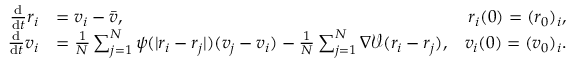
\begin{array} { r l r } { \frac { \mathrm d } { \mathrm d t } r _ { i } } & { = v _ { i } - \bar { v } , } & { r _ { i } ( 0 ) = ( r _ { 0 } ) _ { i } , } \\ { \frac { \mathrm d } { \mathrm d t } v _ { i } } & { = \frac { 1 } { N } \sum _ { j = 1 } ^ { N } \psi ( | r _ { i } - r _ { j } | ) ( v _ { j } - v _ { i } ) - \frac { 1 } { N } \sum _ { j = 1 } ^ { N } \nabla \mathcal V ( r _ { i } - r _ { j } ) , } & { v _ { i } ( 0 ) = ( v _ { 0 } ) _ { i } . } \end{array}